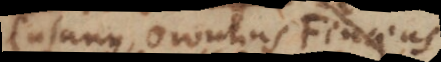
Cusanus, Orontius Finaeus